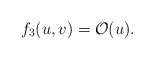
\begin{align*} f_3(u,v)=\mathcal{O}(u).\end{align*}